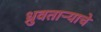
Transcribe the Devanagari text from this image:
ध्रुवताऱ्याचे